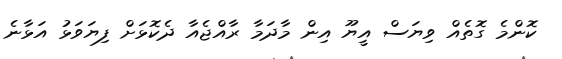
ކޮންމެ ގޮތެއް ވިޔަސް އީޔޫ އިން މާދަމާ ރާއްޖެއާ ދެކޮޅަށް ފިޔަވަޅު އަޅާނެ